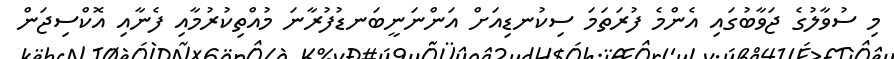
މި ސުވާލުގެ ޖަވާބުގައި އެންމެ ފުރަތަމަ ސިކުނޑިއަށް އަންނަނީބަނޑުފުރާނަ މުއްތިކުރުމާއި ފެނާއި އޮކްސިޖަން